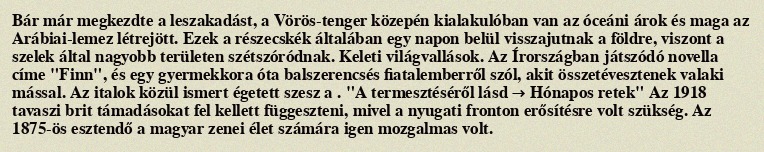
Bár már megkezdte a leszakadást, a Vörös-tenger közepén kialakulóban van az óceáni árok és maga az Arábiai-lemez létrejött. Ezek a részecskék általában egy napon belül visszajutnak a földre, viszont a szelek által nagyobb területen szétszóródnak. Keleti világvallások. Az Írországban játszódó novella címe "Finn", és egy gyermekkora óta balszerencsés fiatalemberről szól, akit összetévesztenek valaki mással. Az italok közül ismert égetett szesz a . "A termesztéséről lásd → Hónapos retek" Az 1918 tavaszi brit támadásokat fel kellett függeszteni, mivel a nyugati fronton erősítésre volt szükség. Az 1875-ös esztendő a magyar zenei élet számára igen mozgalmas volt.